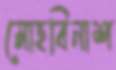
মোহবিনাশ